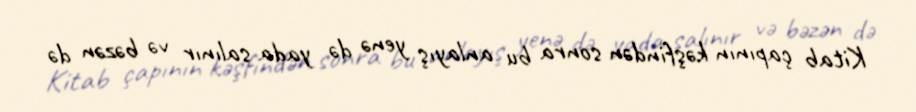
Kitab çapının kəşfindən sonra bu anlayış yenə də yada salınır və bəzən də